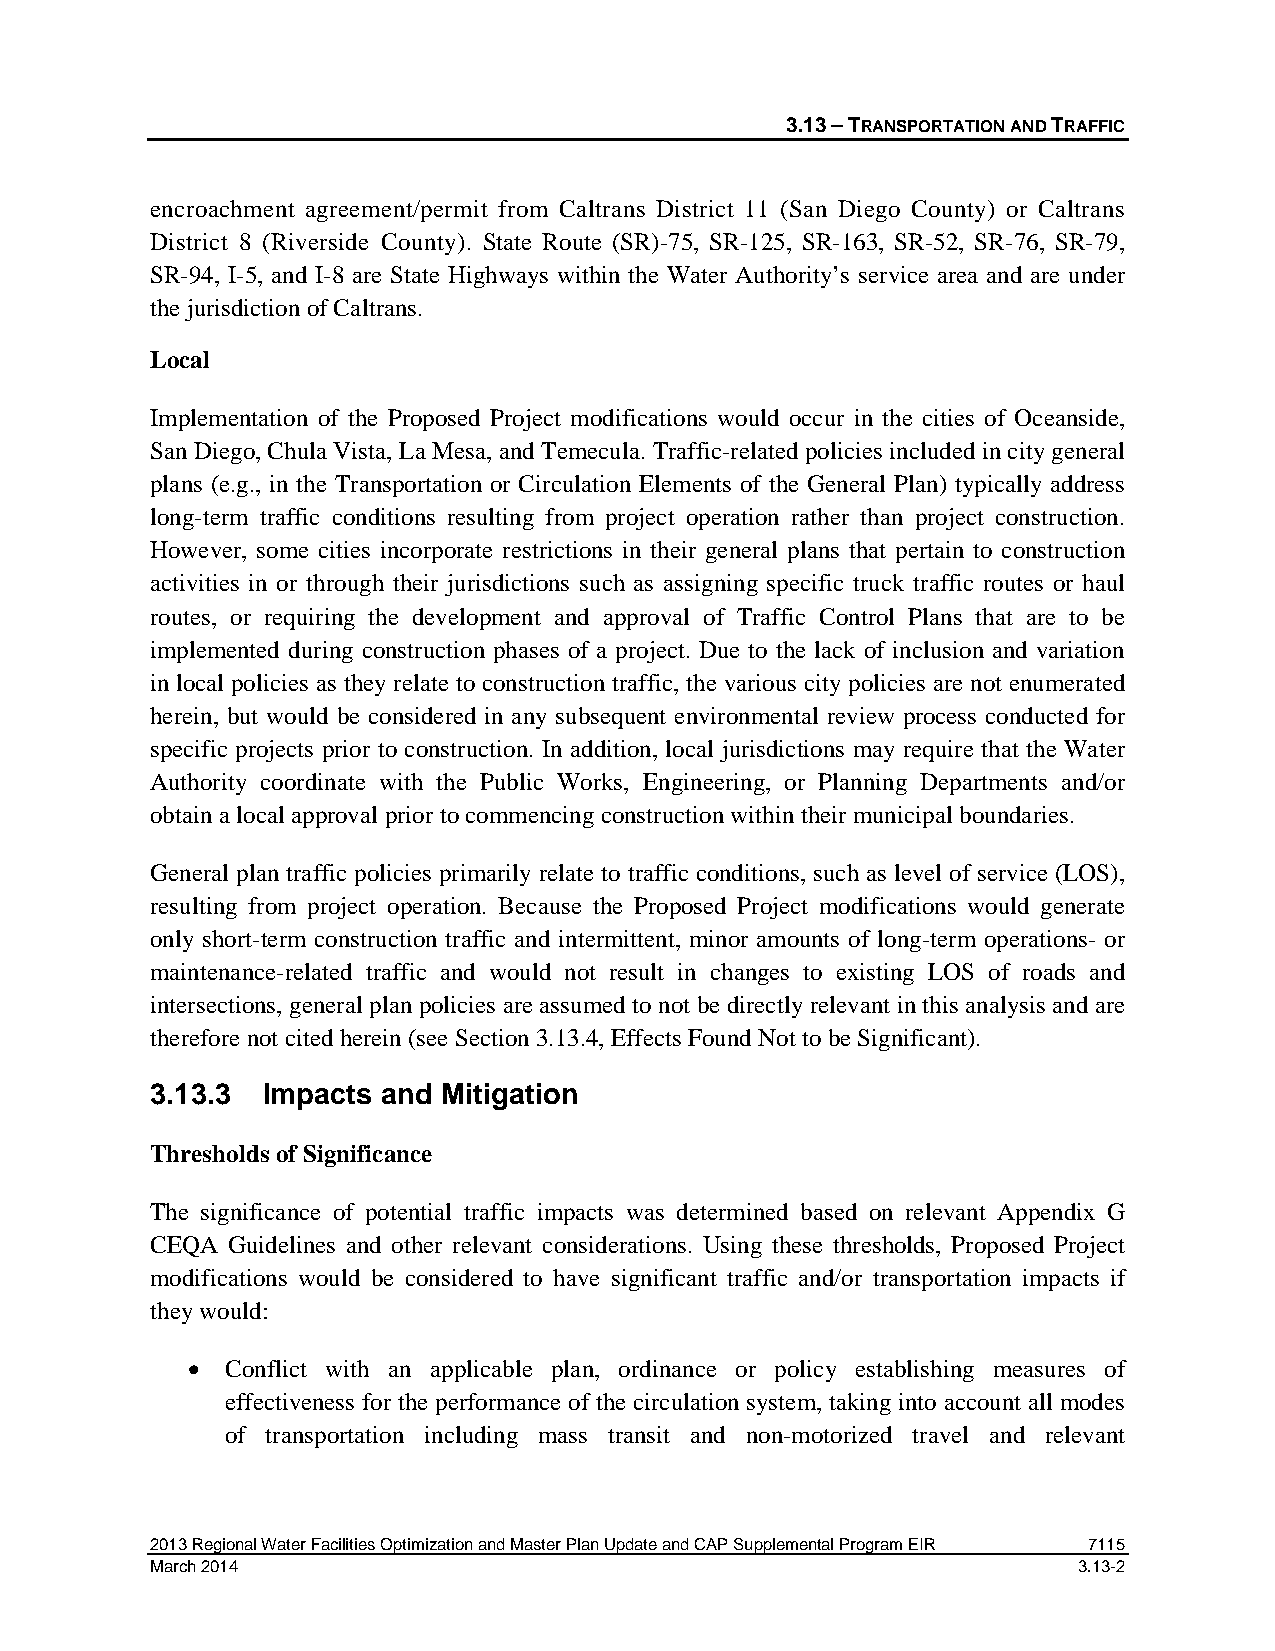
3.13 – TRANSPORTATION AND TRAFFIC
 encroachment agreement/permit from Caltrans District 11 (San Diego County) or Caltrans
 District 8 (Riverside County). State Route (SR)-75, SR-125, SR-163, SR-52, SR-76, SR-79,
 SR-94, I-5, and I-8 are State Highways within the Water Authority’s service area and are under
 the jurisdiction of Caltrans.
 Local
 Implementation of the Proposed Project modifications would occur in the cities of Oceanside,
 San Diego, Chula Vista, La Mesa, and Temecula. Traffic-related policies included in city general
 plans (e.g., in the Transportation or Circulation Elements of the General Plan) typically address
 long-term traffic conditions resulting from project operation rather than project construction.
 However, some cities incorporate restrictions in their general plans that pertain to construction
 activities in or through their jurisdictions such as assigning specific truck traffic routes or haul
 routes, or requiring the development and approval of Traffic Control Plans that are to be
 implemented during construction phases of a project. Due to the lack of inclusion and variation
 in local policies as they relate to construction traffic, the various city policies are not enumerated
 herein, but would be considered in any subsequent environmental review process conducted for
 specific projects prior to construction. In addition, local jurisdictions may require that the Water
 Authority coordinate with the Public Works, Engineering, or Planning Departments and/or
 obtain a local approval prior to commencing construction within their municipal boundaries.
 General plan traffic policies primarily relate to traffic conditions, such as level of service (LOS),
 resulting from project operation. Because the Proposed Project modifications would generate
 only short-term construction traffic and intermittent, minor amounts of long-term operations- or
 maintenance-related traffic and would not result in changes to existing LOS of roads and
 intersections, general plan policies are assumed to not be directly relevant in this analysis and are
 therefore not cited herein (see Section 3.13.4, Effects Found Not to be Significant).
 3.13.3 Impacts and Mitigation
 Thresholds of Significance
 The significance of potential traffic impacts was determined based on relevant Appendix G
 CEQA Guidelines and other relevant considerations. Using these thresholds, Proposed Project
 modifications would be considered to have significant traffic and/or transportation impacts if
 they would:
 •  Conflict with an applicable plan, ordinance or policy establishing measures of
 effectiveness for the performance of the circulation system, taking into account all modes
 of transportation including mass transit and non-motorized travel and relevant
 2013 Regional Water Facilities Optimization and Master Plan Update and CAP Supplemental Program EIR 7115
 March 2014                                                   3.13-2